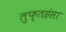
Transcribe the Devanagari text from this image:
लुफ्तहंसा